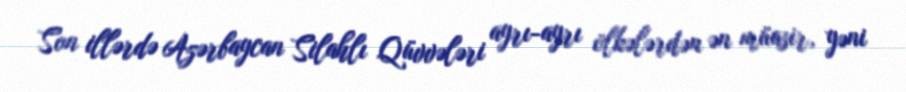
Son illərdə Azərbaycan Silahlı Qüvvələri ayrı-ayrı ölkələrdən ən müasir, yəni